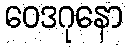
ဝေဒဂုနော